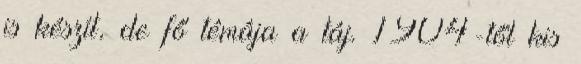
is készít, de fő témája a táj. 1904-től kis